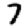
Digit: 7